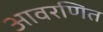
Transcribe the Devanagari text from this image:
आवरणित